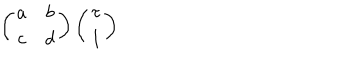
\left( \begin{array} { c c } { { a } } & { { b } } \\ { { c } } & { { d } } \\ \end{array} \right) \left( \begin{array} { c } { { \tau } } \\ { { 1 } } \\ \end{array} \right)